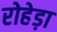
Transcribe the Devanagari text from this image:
रोहेड़ा